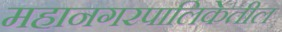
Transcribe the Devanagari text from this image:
महानगरपालिकेतील